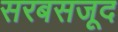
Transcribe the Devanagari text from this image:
सरबसजूद